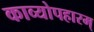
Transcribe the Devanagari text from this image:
काव्योपहारम्